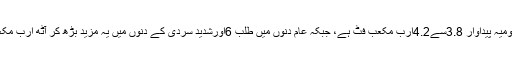
ملک میں گیس کی کل یومیہ پیداوار 3.8سے4.2ارب مکعب فٹ ہے، جبکہ عام دنوں میں طلب 6اورشدید سردی کے دنوں میں یہ مزید بڑھ کر آٹھ ارب مکعب فٹ تک ہوجاتی ہے۔